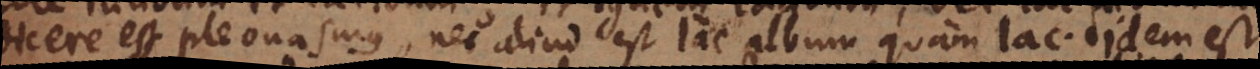
dicere est pleonasmus, nec aliud est lac album quam lac, Idem est